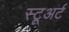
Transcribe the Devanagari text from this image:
स्टूअर्ट